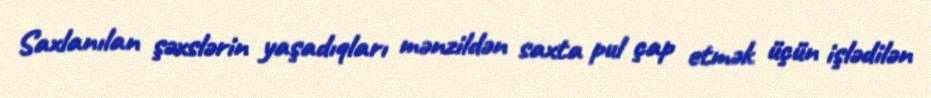
Saxlanılan şəxslərin yaşadıqları mənzildən saxta pul çap etmək üçün işlədilən